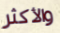
والأكثر